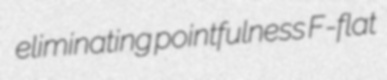
eliminating pointfulness F-flat